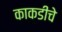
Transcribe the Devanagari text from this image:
काकडीचे